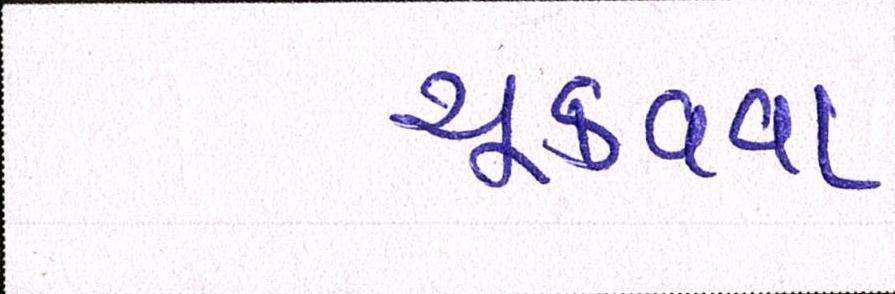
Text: ચૂકવવા